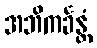
အဘိကင်္ခန္တံ